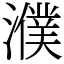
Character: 濮